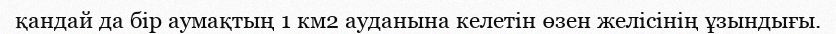
қандай да бір аумақтың 1 км2 ауданына келетін өзен желісінің ұзындығы.